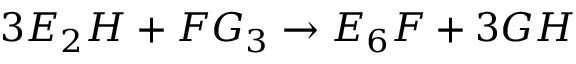
3 E _ { 2 } H + F G _ { 3 } \to E _ { 6 } F + 3 G H